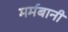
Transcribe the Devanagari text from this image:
मर्मबानी